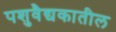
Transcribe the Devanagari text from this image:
पशुवैद्यकातील